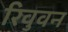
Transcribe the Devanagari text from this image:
रिवुवन